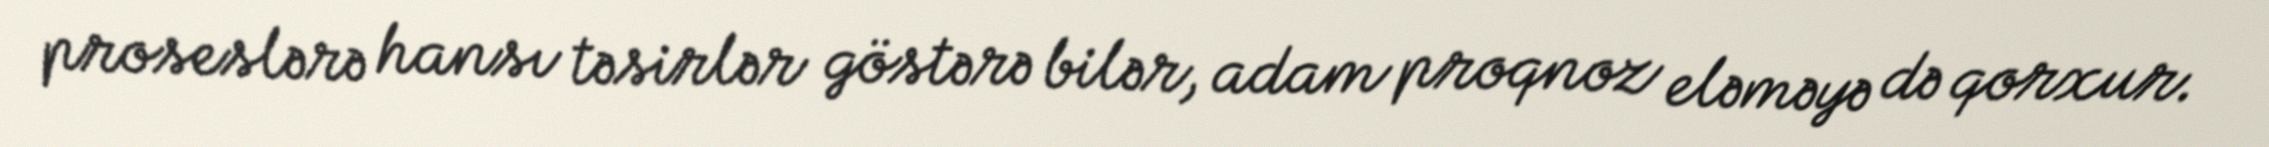
proseslərə hansı təsirlər göstərə bilər, adam proqnoz eləməyə də qorxur.